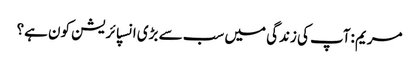
مریم :آپ کی زندگی میں سب سے بڑی انسپائریشن کون ہے؟